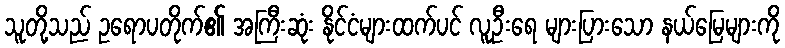
သူတို့သည် ဥရောပတိုက်၏ အကြီးဆုံး နိုင်ငံများထက်ပင် လူဦးရေ များပြားသော နယ်မြေများကို